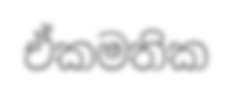
ඒකමතික